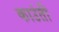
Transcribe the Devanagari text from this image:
काउंती